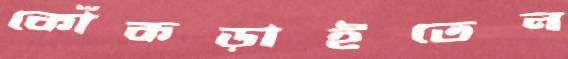
কোঁকড়াইতেন